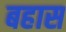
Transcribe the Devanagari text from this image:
बहास